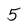
Character: 5